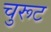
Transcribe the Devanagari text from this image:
चुरूट